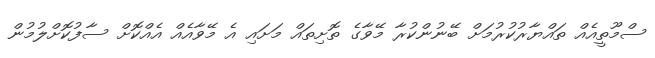
ސްމޫތީއެއް ތައްޔާރުކުރުމަށް ބޭނުންކުރާ މޭވާގެ ތޮށިތައް މަށައި އެ މޭވާއެއް އެއްކޮށް ސާފުކޮށްލުމުން